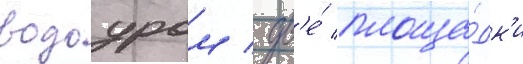
вододром / дв'е́ площа́дк'и